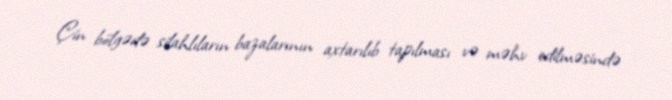
Çin bölgədə silahlıların bazalarının axtarılıb tapılması və məhv edilməsində